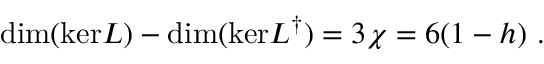
\mathrm { d i m ( k e r } L ) - \mathrm { d i m ( k e r } L ^ { \dag } ) = 3 \chi = 6 ( 1 - h ) \ .